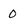
Character: 0